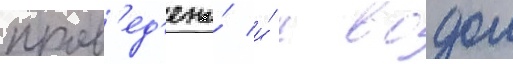
пров'ед'ена́ и́ с водои